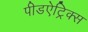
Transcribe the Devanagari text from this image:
पीडऐट्रिक्स